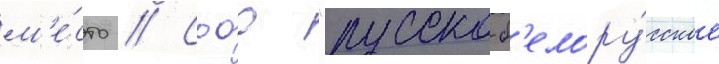
м'е́сто // Сооо "русско-б'елору́сское